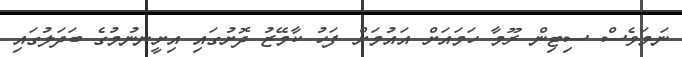
ނަމަވެސް ސިޓިން ރޫމާ ހަމައަށް އައުމަށް ފަހު ކާމޭޒު ދޮށުގައި އިށީނނުމުގެ ބަދަލުގައި